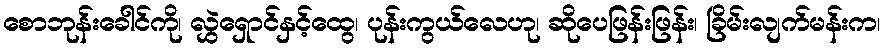
စောဘုန်းခေါင်ကို၊ လွှဲရှောင်နှင့်ထွေ၊ ပုန်းကွယ်လေဟု၊ ဆိုပေဖြန်းဖြန်း၊ ခြိမ်းလျက်မန်းက၊